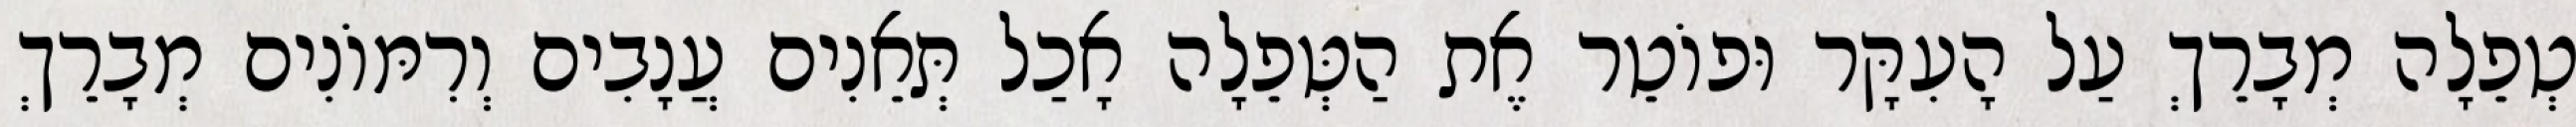
טְפֵלָה מְבָרֵךְ עַל הָעִקָּר וּפוֹטֵר אֶת הַטְּפֵלָה אָכַל תְּאֵנִים עֲנָבִים וְרִמּוֹנִים מְבָרֵךְ